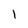
Character: 1